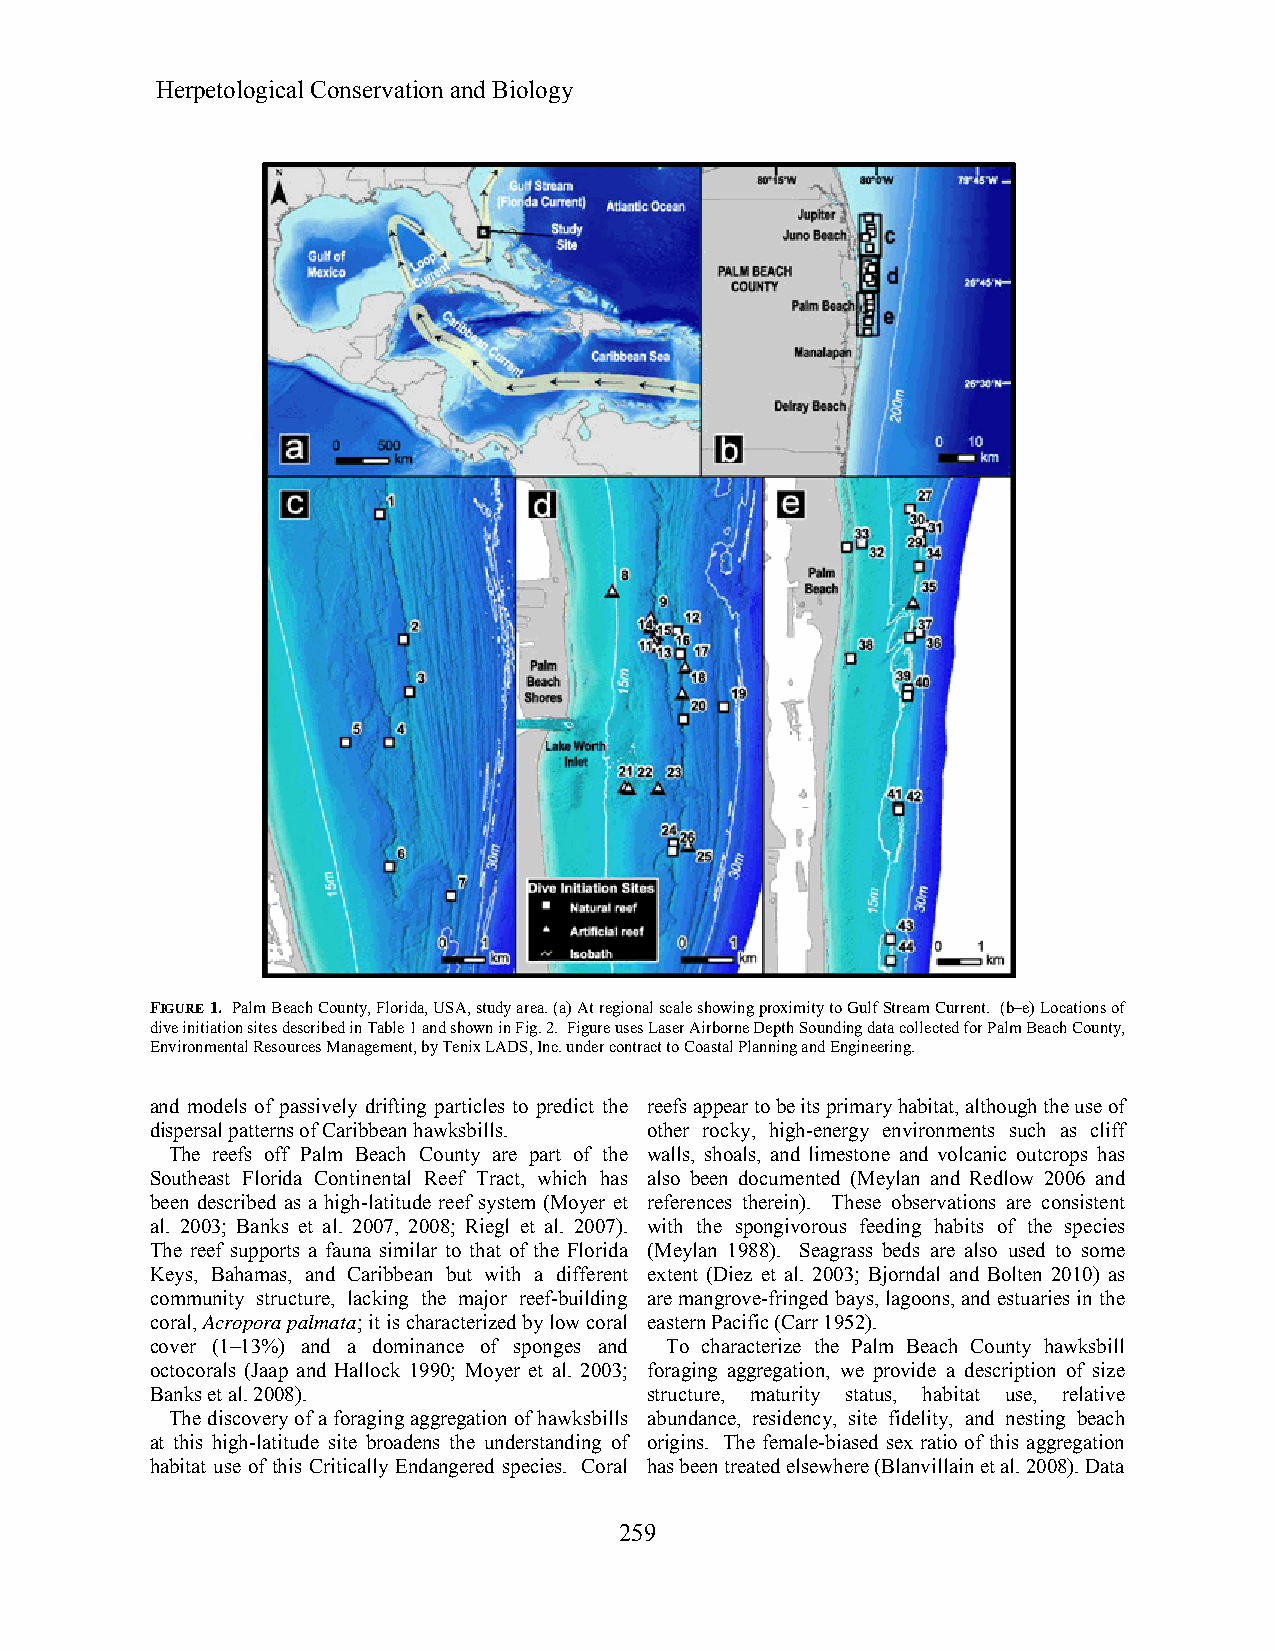
Herpetological Conservation and Biology
 FIGURE 1. Palm Beach County, Florida, USA, study area. (a) At regional scale showing proximity to Gulf Stream Current. (b–e) Locations of
 dive initiation sites described in Table 1 and shown in Fig. 2. Figure uses Laser Airborne Depth Sounding data collected for Palm Beach County,
 Environmental Resources Management, by Tenix LADS, Inc. under contract to Coastal Planning and Engineering.
 and models of passively drifting particles to predict the reefs appear to be its primary habitat, although the use of
 dispersal patterns of Caribbean hawksbills. other rocky, high-energy environments such as cliff
 The reefs off Palm Beach County are part of the walls, shoals, and limestone and volcanic outcrops has
 Southeast Florida Continental Reef Tract, which has also been documented (Meylan and Redlow 2006 and
 been described as a high-latitude reef system (Moyer et references therein). These observations are consistent
 al. 2003; Banks et al. 2007, 2008; Riegl et al. 2007). with the spongivorous feeding habits of the species
 The reef supports a fauna similar to that of the Florida (Meylan 1988). Seagrass beds are also used to some
 Keys, Bahamas, and Caribbean but with a different extent (Diez et al. 2003; Bjorndal and Bolten 2010) as
 community structure, lacking the major reef-building are mangrove-fringed bays, lagoons, and estuaries in the
 coral, Acropora palmata; it is characterized by low coral eastern Pacific (Carr 1952).
 cover (1–13%) and a dominance of sponges and To characterize the Palm Beach County hawksbill
 octocorals (Jaap and Hallock 1990; Moyer et al. 2003; foraging aggregation, we provide a description of size
 Banks et al. 2008).              structure, maturity status, habitat use, relative
 The discovery of a foraging aggregation of hawksbills abundance, residency, site fidelity, and nesting beach
 at this high-latitude site broadens the understanding of origins. The female-biased sex ratio of this aggregation
 habitat use of this Critically Endangered species. Coral has been treated elsewhere (Blanvillain et al. 2008). Data
 259